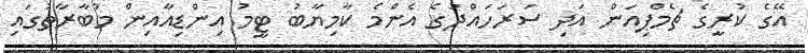
އޭގެ ކުރީގެ ޗެމްޕިއަން އަދި ސަރަހައްދުގެ އެންމެ ކާމިޔާބު ޓީމު އިންޑިއާއިން މުބާރާތުގައި